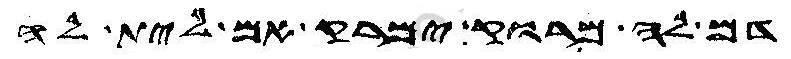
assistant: דם לה מרוק ימרק אם לית לה